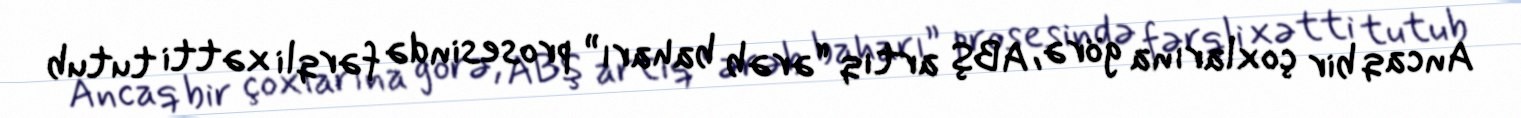
Ancaq bir çoxlarına görə, ABŞ artıq “ərəb baharı” prosesində fərqli xətti tutub